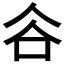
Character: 𧮫